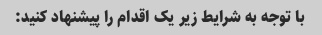
با توجه به شرایط زیر یک اقدام را پیشنهاد کنید: